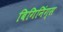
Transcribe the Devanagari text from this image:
बिगिनिंग्स